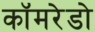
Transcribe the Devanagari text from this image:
कॉमरेडो